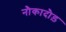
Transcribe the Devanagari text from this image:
नौकादौड़